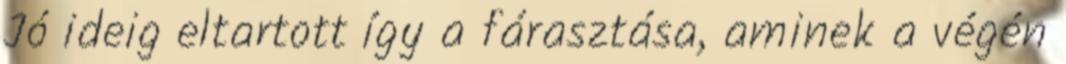
Jó ideig eltartott így a fárasztása, aminek a végén